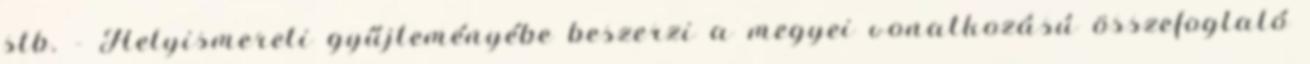
stb. - Helyismereti gyűjteményébe beszerzi a megyei vonatkozású összefoglaló